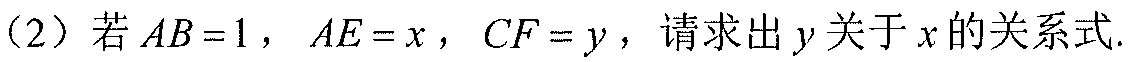
（2）若\(AB = 1\)，\(AE = x\)，\(CF = y\)，请求出\(y\)关于\(x\)的关系式.